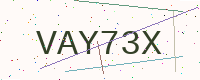
Text: VAY73X